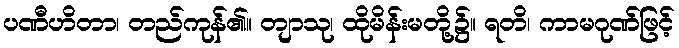
ပဏီဟိတာ၊ တည်ကုန်၏။ တျာသု၊ ထိုမိန်းမတို့၌။ ရတိ၊ ကာမဂုဏ်ဖြင့်